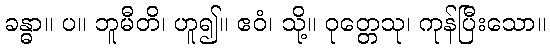
ခန္ဓာ။ ပ။ ဘူမီတိ၊ ဟူ၍။ ဧဝံ၊ သို့။ ဝုတ္တေသု၊ ကုန်ပြီးသော။